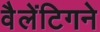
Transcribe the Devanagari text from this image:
वैलेंटिगने